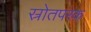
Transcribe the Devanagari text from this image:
स्रोतपरक